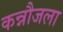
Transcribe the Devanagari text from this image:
कन्नौजला